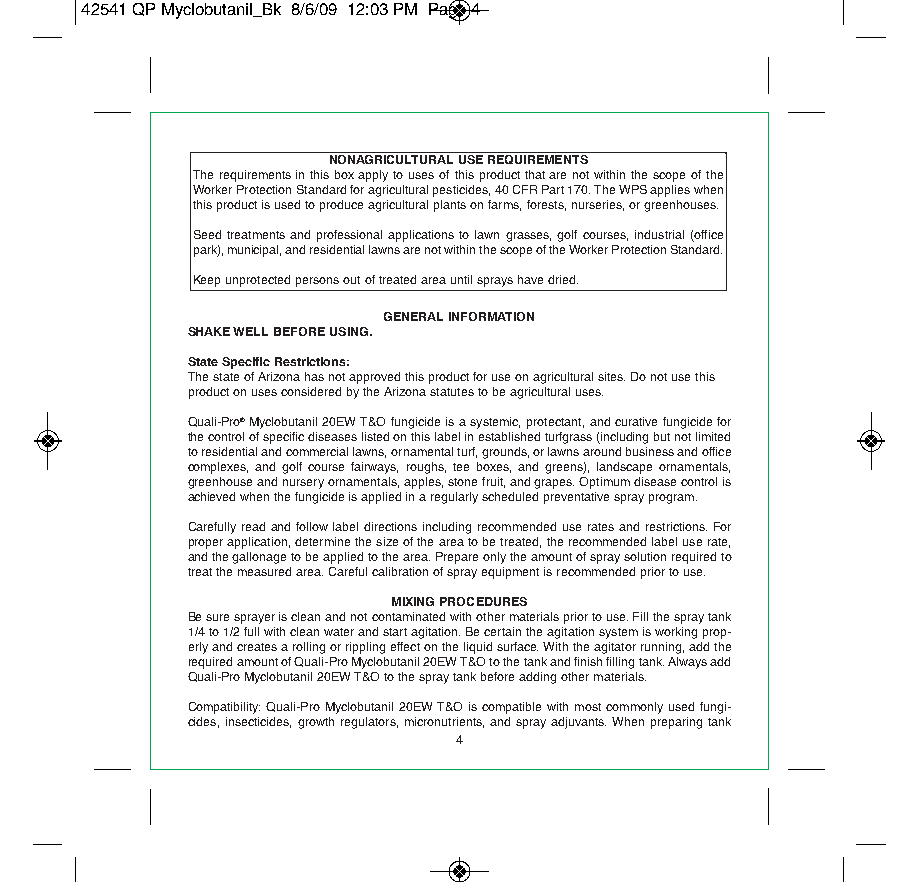
42541 QP Myclobutanil_Bk 8/6/09 12:03 PM Page 4
 NONAGRICULTURAL USE REQUIREMENTS
 The requirements in this box apply to uses of this product that are not within the scope of the
 Worker Protection Standard for agricultural pesticides, 40 CFR Part 170. The WPS applies when
 this product is used to produce agricultural plants on farms, forests, nurseries, or greenhouses.
 Seed treatments and professional applications to lawn grasses, golf courses, industrial (office
 park), municipal, and residential lawns are not within the scope of the Worker Protection Standard.
 Keep unprotected persons out of treated area until sprays have dried.
 GENERAL INFORMATION
 SHAKE WELL BEFORE USING.
 State Specific Restrictions:
 The state of Arizona has not approved this product for use on agricultural sites. Do not use this
 product on uses considered by the Arizona statutes to be agricultural uses.
 Quali-Pro®Myclobutanil 20EW T&O fungicide is a systemic, protectant, and curative fungicide for
 the control of specific diseases listed on this label in established turfgrass (including but not limited
 to residential and commercial lawns, ornamental turf, grounds, or lawns around business and office
 complexes, and golf course fairways, roughs, tee boxes, and greens), landscape ornamentals,
 greenhouse and nursery ornamentals, apples, stone fruit, and grapes. Optimum disease control is
 achieved when the fungicide is applied in a regularly scheduled preventative spray program.
 Carefully read and follow label directions including recommended use rates and restrictions. For
 proper application, determine the size of the area to be treated, the recommended label use rate,
 and the gallonage to be applied to the area. Prepare only the amount of spray solution required to
 treat the measured area. Careful calibration of spray equipment is recommended prior to use.
 MIXING PROCEDURES
 Be sure sprayer is clean and not contaminated with other materials prior to use. Fill the spray tank
 1/4 to 1/2 full with clean water and start agitation. Be certain the agitation system is working prop-
 erly and creates a rolling or rippling effect on the liquid surface. With the agitator running, add the
 required amount of Quali-Pro Myclobutanil 20EW T&O to the tank and finish filling tank. Always add
 Quali-Pro Myclobutanil 20EW T&O to the spray tank before adding other materials.
 Compatibility: Quali-Pro Myclobutanil 20EW T&O is compatible with most commonly used fungi-
 cides, insecticides, growth regulators, micronutrients, and spray adjuvants. When preparing tank
 4